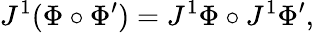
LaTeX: J^{1}(\Phi\circ\Phi^{\prime})=J^{1}\Phi\circ J^{1}\Phi^{\prime},